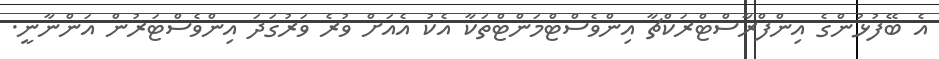
އެ ބޭފުޅުންގެ އިންފްރާސްޓްރަކްޗާ އިންވެސްޓްމަންޓްތަކާ އެކު އެއަށް ވުރެ ވަރުގަދަ އިންވެސްޓަރުން އަންނާނީ.